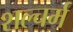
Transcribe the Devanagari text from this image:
शल्चर्म